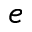
^ e